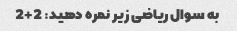
به سوال ریاضی زیر نمره دهید: 2+2